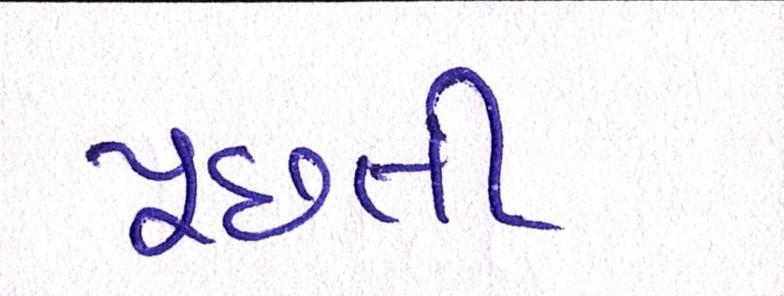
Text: પૂછતી